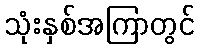
သုံးနှစ်အကြာတွင်